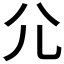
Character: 尣